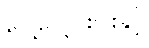
ပေါ့ပေါ့ပါးပါးနှင့်